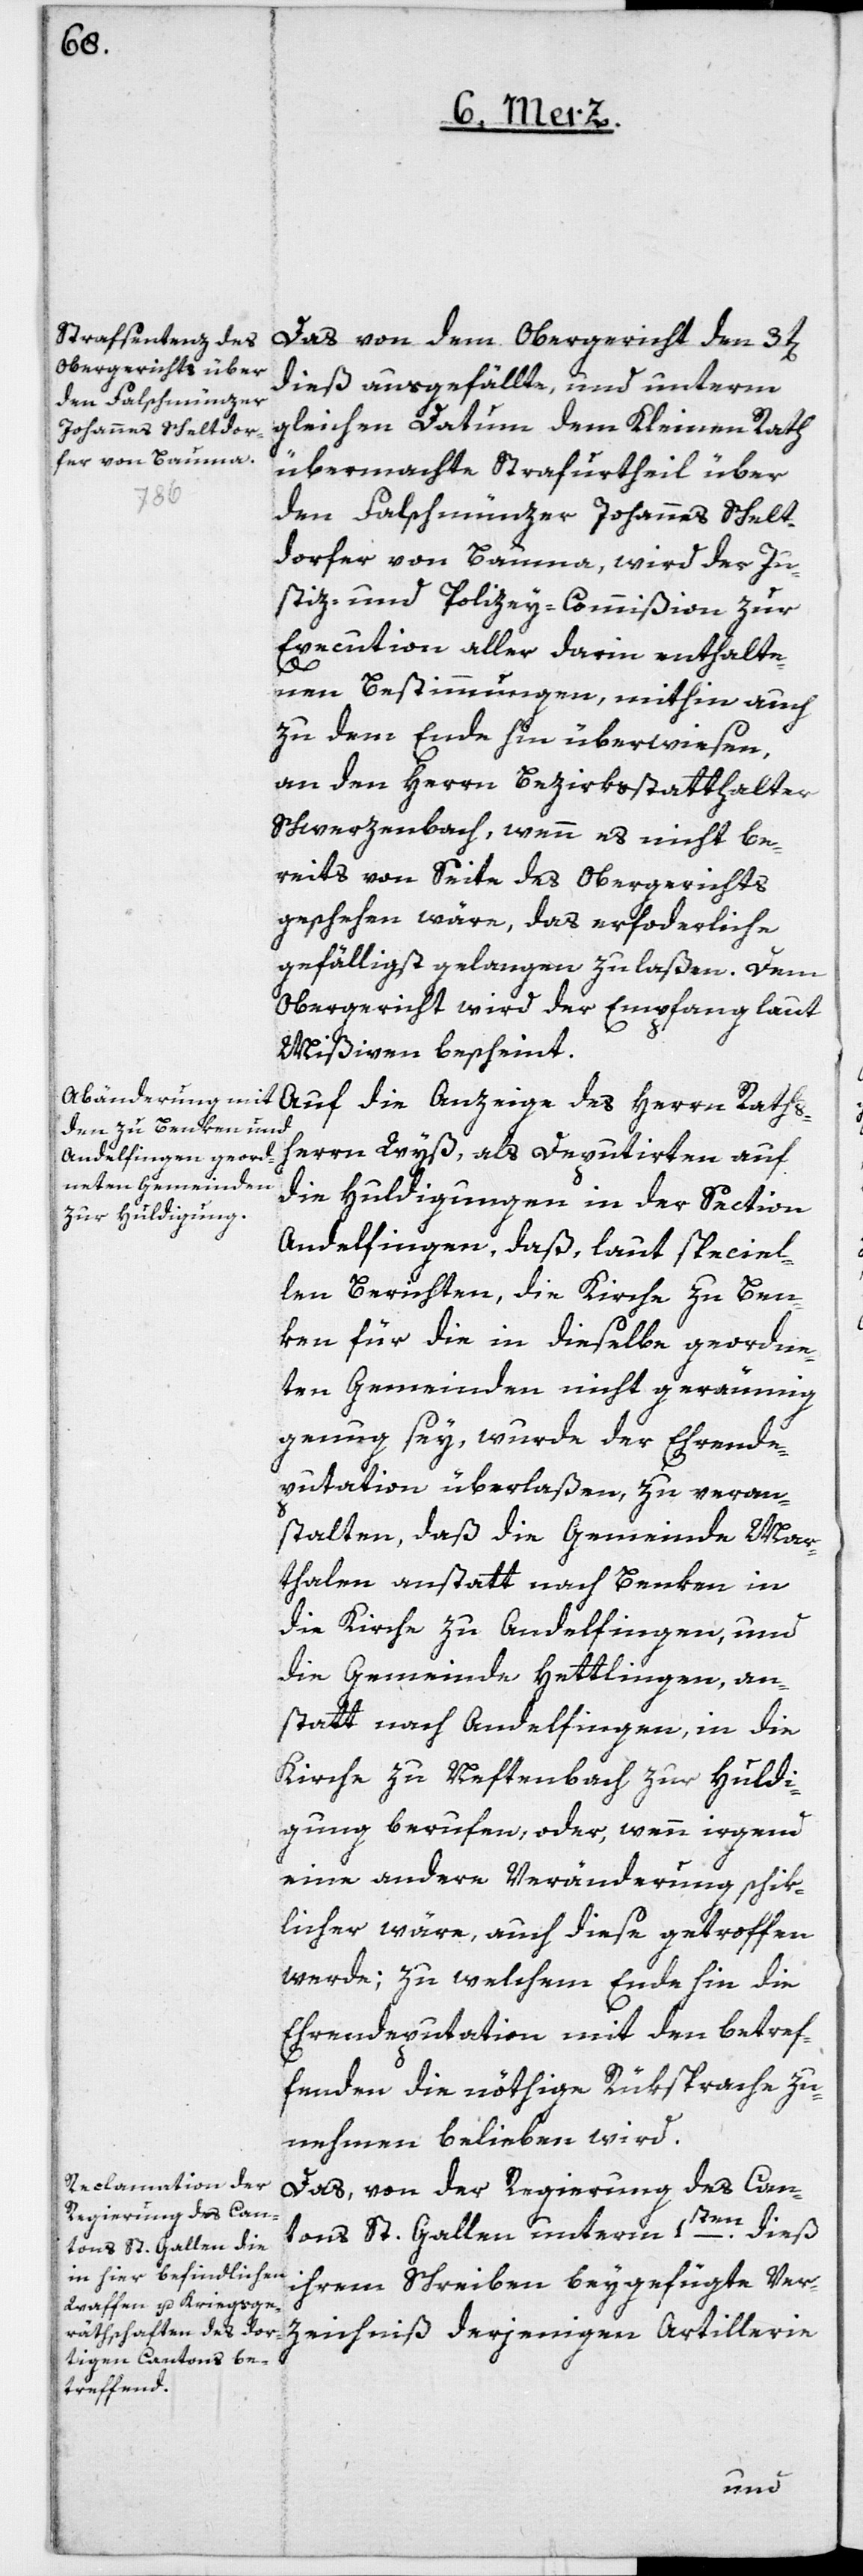
Das von dem Obergericht den 3t[e¬
dieß ausgefällte, und unterm
gleichen Datum dem Kleinen Rath
übermachte Strafurtheil über
den Falschmünzer Johannes Schelt¬
dorfer von Bauma, wird der Ju¬
stiz- und Polizey-Commißion zur
Execution aller darin enthalte¬
n]
nen Bestimmungen, mithin auch
zu dem Ende hin überwiesen,
an den Herrn Bezirksstatthalter
Schwerzenbach, wenn es nicht be¬
reits von Seite des Obergerichts
geschehen wäre, das erforderliche
gefälligst gelangen zu laßen. Dem
Obergericht wird der Empfang laut
Mißiven bescheint.
Auf die Anzeige des Herrn Raths¬
herrn Wyß, als Deputirten auf
die Huldigungen in der Section
Andelfingen, daß laut speciel¬
len Berichten, die Kirche zu Ben¬
ken für die in dieselbe geordne¬
ten Gemeinden nicht geräumig
genug sey, wurde der Ehrende¬
putation überlaßen, zu veran¬
stalten, daß die Gemeinde Mar¬
thalen anstatt nach Benken in
die Kirche zu Andelfingen, und
die Gemeinde Hettlingen, an¬
statt nach Andelfingen, in die
Kirche zu Neftenbach zur Huldi¬
gung berufen, oder, wenn irgend
eine andere Veränderung schik¬
licher wäre, auch diese getroffen
werde; zu welchem Ende hin die
Ehrendeputation mit den Betref¬
fenden die nöthige Rüksprache zu
nehmen belieben wird.
Das von der Regierung des Can¬
tons St. Gallen unterm 1ten dieß
ihrem Schreiben beygefügte Ver¬
zeichniß derjenigen Artillerie